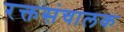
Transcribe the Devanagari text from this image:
रक्तसंचालक